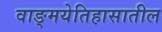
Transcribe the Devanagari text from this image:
वाङ्‌मयेतिहासातील